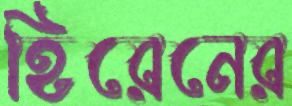
হিরেনের